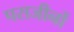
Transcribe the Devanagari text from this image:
पराजीनों